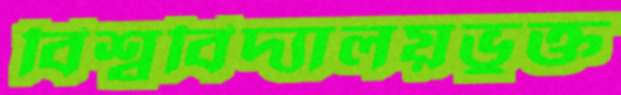
বিশ্ববিদ্যালয়ভুক্ত